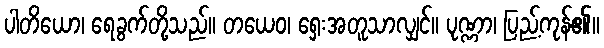
ပါတိယော၊ ရေခွက်တို့သည်။ တယေဝ၊ ရှေးအတူသာလျှင်။ ပုဏ္ဏာ၊ ပြည့်ကုန်၏။